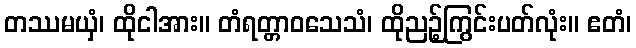
တဿမယှံ၊ ထိုငါအား။ တံရတ္တာဝသေသံ၊ ထိုညဉ့်ကြွင်းပတ်လုံး။ ဧတံ၊